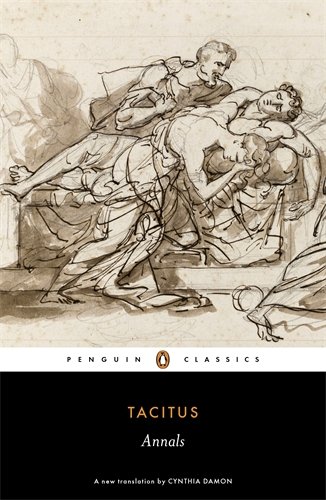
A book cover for Annals (Penguin Classics); Tacitus; History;